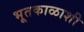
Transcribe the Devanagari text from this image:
भूतकाळाशी